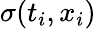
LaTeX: \sigma(t_{i},x_{i})